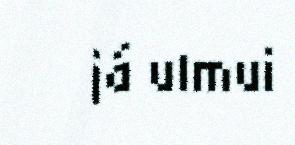
já ulmui